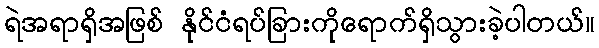
ရဲအရာရှိအဖြစ် နိုင်ငံရပ်ခြားကိုရောက်ရှိသွားခဲ့ပါတယ်။